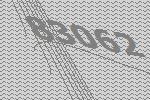
83062